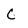
Character: C